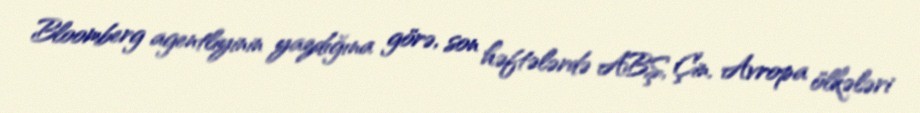
Bloomberg agentliyinin yazdığına görə, son həftələrdə ABŞ, Çin, Avropa ölkələri